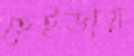
হেইডায়